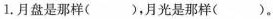
1.月盘是那样( )，月光是那样( )。